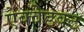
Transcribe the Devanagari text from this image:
ऐक्वेडक्ट